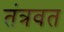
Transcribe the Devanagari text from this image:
तंत्रवत